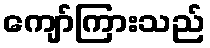
ကျော်ကြားသည်